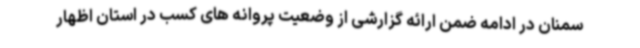
سمنان در ادامه ضمن ارائه گزارشی از وضعیت پروانه های کسب در استان اظهار